Lunatic asylums United Provinces 1899-1908 - 1899-1908
Year: 1899
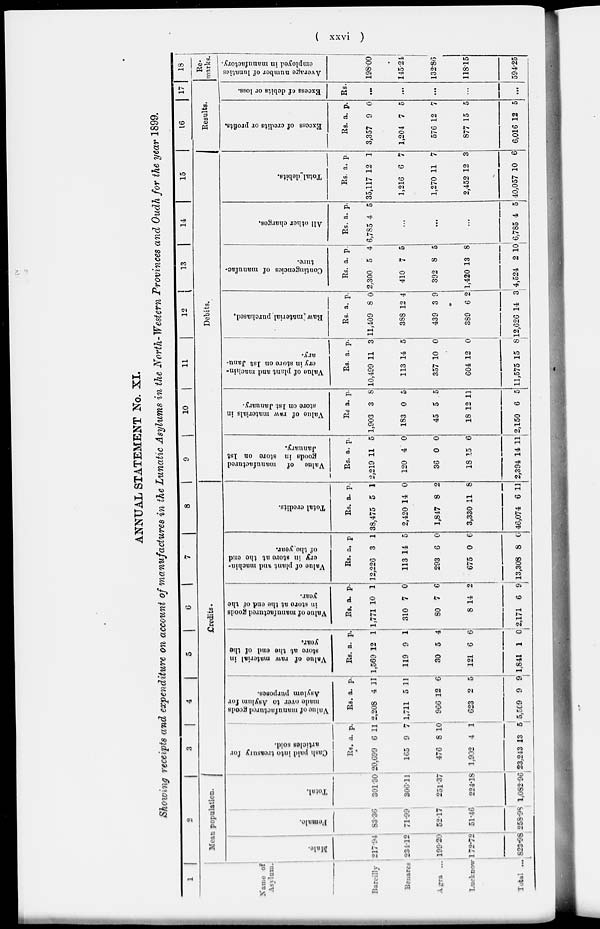
(xxvi)
ANNUAL STATEMENT No. XI.
Showing receipts and expenditure on account of manufactures in the Lunatic Asylums in the North-Western Provinces and Oudh for the year 1899.
1
Name of
Asylum.
Bareilly
Benares
Agra ...
Lucknow
Total ...
2
Mean population.
Male.
217.94
234.12
199.20
172.72
823.98
Female.
83.36
71.99
52.17
51.46
258.98
Total.
301.30
306.11
251.37
224.18
1,082.96
3
4
5
6
7
8
Credits.
Cash paid into treasury for
articles sold.
Rs.
20,699
165
476
1,902
23,243
a.
6
9
8
4
13
p.
11
7
10
1
5
Value
of manufactured goods
made over to Asylum for
Asylum purposes.
Rs.
2,208
1,711
966
623
5,509
a.
4
5
12
2
9
p.
11
11
6
5
9
Value
of raw material in
store
at the end of the
year.
Rs
1,569
119
30
121
1,841
a.
12
9
5
6
1
p.
1
1
4
6
0
Value
of manufactured goods
in store at the end of the
year.
Rs.
1,771
310
80
8
2,171
a.
10
7
7
14
6
p.
1
0
6
2
9
Value of plant and machin-
ery in storef at the end
of the year.
Rs.
12,226
113
293
675
13,308
a.
3
14
6
0
8
p.
1
5
0
6
0
Total credits.
Rs.
38,475
2,420
1,847
3,330
46,074
a.
5
14
8
11
6
p.
1
0
2
8
11
9
10
11
12
13
14
15
Debits.
Value of manufactured
goods in store on 1st
January.
Rs.
2,219
120
36
18
2,394
a.
11
4
0
15
14
p.
5
0
0
6
11
Value
of raw materials in
store on 1st January.
Rs.
1,903
183
45
18
2,150
a.
3
0
5
12
6
p.
8
5
5
11
5
Value
of plant and machin-
ery in store on 1st Janu-
ary.
Rs.
10,499
113
357
604
11,575
a.
11
14
10
12
15
p.
3
5
0
0
8
Raw material purchased.
Rs.
11,409
388
439
389
12,626
a.
8
12
3
6
14
p.
0
4
9
2
3
Contingencies of manufac
ture.
Rs.
2,300
410
392
1,420
4,524
a.
5
7
8
13
2
p.
4
5
5
8
10
All other charges.
Rs.
6,785
...
...
...
6,785
a.
4
4
p.
5
5
Total debits.
Rs.
35,117
1,216
1,270
2,452
40,057
a.
12
6
11
12
10
p.
1
7
7
3
6
16
17
Results.
Excess of credits or profits.
Rs.
3,357
1,204
576
877
6,016
a.
9
7
12
15
12
p.
0
5
7
5
5
Excess of debits or loss.
Rs.
...
...
...
...
...
18
Re-
marks.
Average number of lunatics
employed
in manufactory.
198.00
145.24
132.86
118.15
594.25